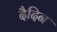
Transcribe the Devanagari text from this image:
दैदिन